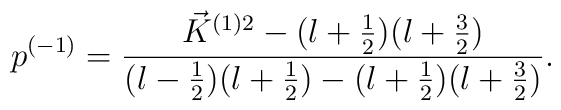
p^{(-1)}=\frac{\vec{K}^{(1)2}-(l+\frac{1}{2})(l+\frac{3}{2})}{(l-\frac{1}{2})(l+\frac{1}{2})-(l+\frac{1}{2})(l+\frac{3}{2})}.